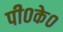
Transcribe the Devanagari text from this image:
पी०के०